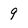
Character: 9